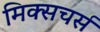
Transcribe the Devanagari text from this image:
मिक्सचर्स